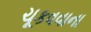
ચૂકવવાના